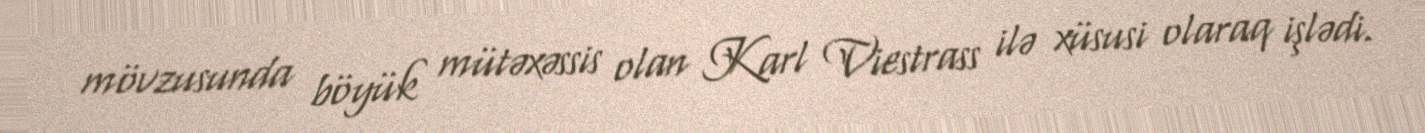
mövzusunda böyük mütəxəssis olan Karl Viestrass ilə xüsusi olaraq işlədi.